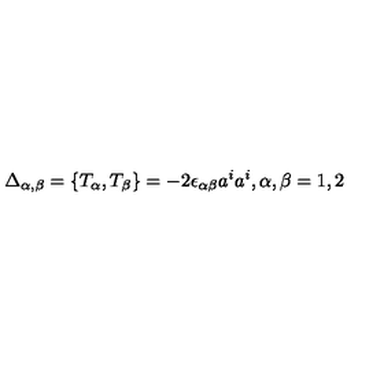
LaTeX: \Delta _ { \alpha , \beta } = \{ T _ { \alpha } , T _ { \beta } \} = - 2 \epsilon _ { \alpha \beta } a ^ { i } a ^ { i } , \alpha , \beta = 1 , 2